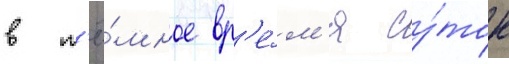
в т'ё́мное вр'е́м'я су́ток